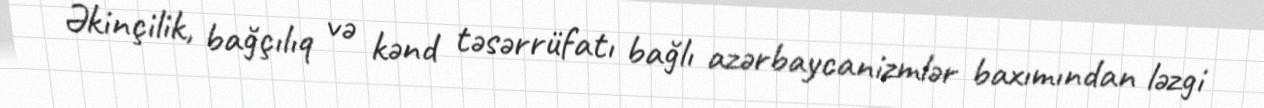
Əkinçilik, bağçılıq və kənd təsərrüfatı bağlı azərbaycanizmlər baxımından ləzgi